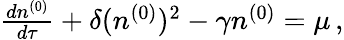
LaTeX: \begin{array}{r}{{\frac{dn^{(0)}}{d\tau}}+\delta(n^{(0)})^{2}-\gamma n^{(0)}=\mu\, ,}\end{array}